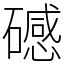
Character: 䃭